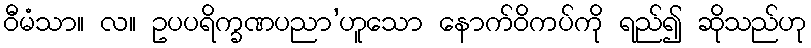
ဝီမံသာ။ လ။ ဥပပရိက္ခဏပညာ’ဟူသော နောက်ဝိကပ်ကို ရည်၍ ဆိုသည်ဟု